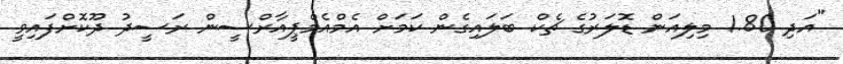
"އަދި 1.80 މިލިއަން ޑޮލަރުގެ ޗެކް ބަލައިގެން ކަމަށް އެމްއެމްޕީއާރްސީން ރަސީދު ދޫކޮށްފައިވީ